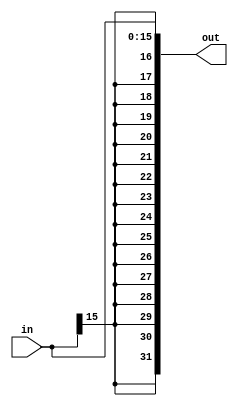
module sign_extension(input signed [15:0] in, output signed [31:0] out);
	//assign out = {in[15] ? 16'b1 : 16'b0, in};
	//assign out = 32'(signed'(in));
	assign out = in;
endmodule